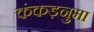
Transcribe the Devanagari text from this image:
कंकड़नुमा